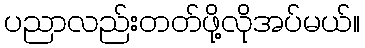
ပညာလည်းတတ်ဖို့လိုအပ်မယ်။